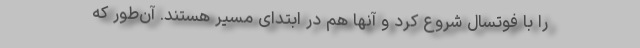
را با فوتسال شروع کرد و آنها هم در ابتدای مسیر هستند. آن‌طور ‌که